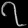
Digit: ၇